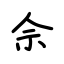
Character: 佘